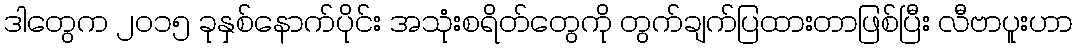
ဒါတွေက ၂၀၁၅ ခုနှစ်နောက်ပိုင်း အသုံးစရိတ်တွေကို တွက်ချက်ပြထားတာဖြစ်ပြီး လီဗာပူးဟာ